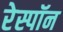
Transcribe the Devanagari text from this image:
रेस्पॉन